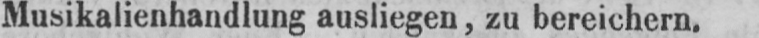
Musikalienhandlung ausliegen, zu bereichern.